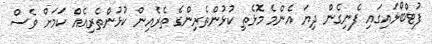
ފުޓްބޯޅައިގައި ފެނިގެން ދިޔަ އެންމެ މޮޅެތި ކުޅުންތެރިންގެ ތެރެއިން ކުޅުންތެރިއެއް ކަމަށް ވެސް